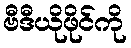
ဗီဒီယိုဖိုင်ကို